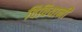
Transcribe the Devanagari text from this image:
विवियानी